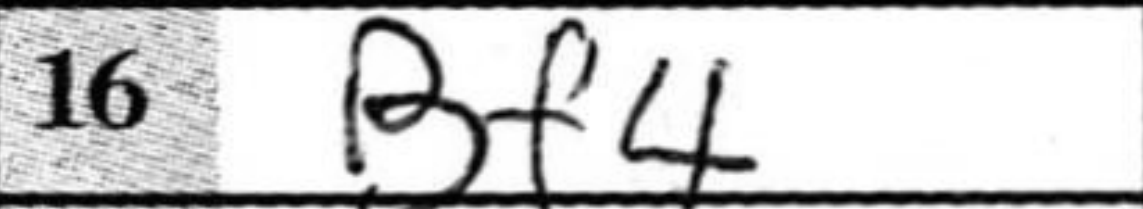
Transcription: Bf4